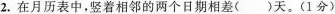
2.在月历表中，竖着相邻的两个日期相差()天。(1分)